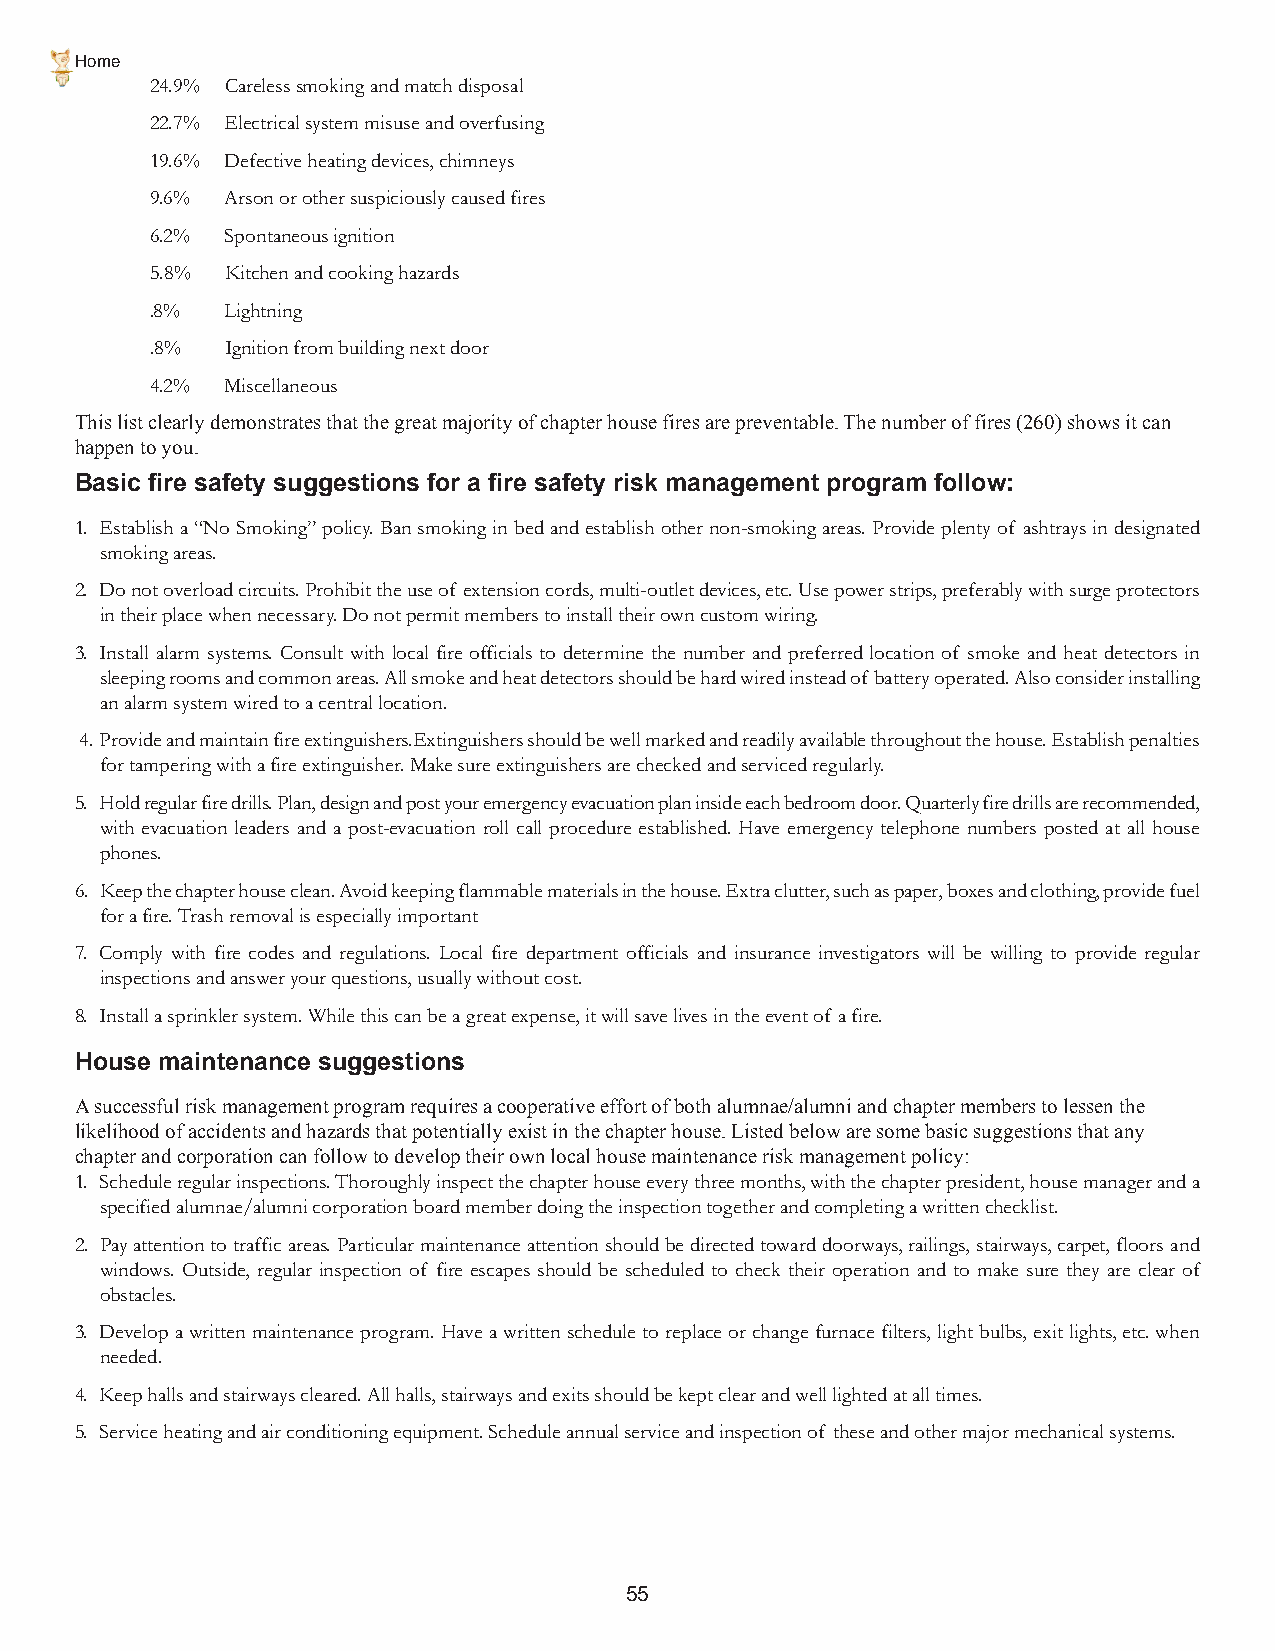
Home
 24.9% Careless smoking and match disposal
 22.7% Electrical system misuse and overfusing
 19.6% Defective heating devices, chimneys
 9.6% Arson or other suspiciously caused fires
 6.2% Spontaneous ignition
 5.8% Kitchen and cooking hazards
 .8%  Lightning
 .8%  Ignition from building next door
 4.2% Miscellaneous
 This list clearly demonstrates that the great majority of chapter house fires are preventable. The number of fires (260) shows it can
 happen to you.
 Basic fire safety suggestions for a fire safety risk management program follow:
 1. Establish a “No Smoking” policy. Ban smoking in bed and establish other non-smoking areas. Provide plenty of ashtrays in designated
 smoking areas.
 2. Do not overload circuits. Prohibit the use of extension cords, multi-outlet devices, etc. Use power strips, preferably with surge protectors
 in their place when necessary. Do not permit members to install their own custom wiring.
 3. Install alarm systems. Consult with local fire officials to determine the number and preferred location of smoke and heat detectors in
 sleeping rooms and common areas. All smoke and heat detectors should be hard wired instead of battery operated. Also consider installing
 an alarm system wired to a central location.
 4.Provide and maintain fire extinguishers.Extinguishers should be well marked and readily available throughout the house. Establish penalties
 for tampering with a fire extinguisher. Make sure extinguishers are checked and serviced regularly.
 5. Hold regular fire drills. Plan, design and post your emergency evacuation plan inside each bedroom door. Quarterly fire drills are recommended,
 with evacuation leaders and a post-evacuation roll call procedure established. Have emergency telephone numbers posted at all house
 phones.
 6. Keep the chapter house clean. Avoid keeping flammable materials in the house. Extra clutter, such as paper, boxes and clothing, provide fuel
 for a fire. Trash removal is especially important
 7. Comply with fire codes and regulations. Local fire department officials and insurance investigators will be willing to provide regular
 inspections and answer your questions, usually without cost.
 8. Install a sprinkler system. While this can be a great expense, it will save lives in the event of a fire.
 House maintenance suggestions
 A successful risk management program requires a cooperative effort of both alumnae/alumni and chapter members to lessen the
 likelihood of accidents and hazards that potentially exist in the chapter house. Listed below are some basic suggestions that any
 chapter and corporation can follow to develop their own local house maintenance risk management policy:
 1. Schedule regular inspections. Thoroughly inspect the chapter house every three months, with the chapter president, house manager and a
 specified alumnae/alumni corporation board member doing the inspection together and completing a written checklist.
 2. Pay attention to traffic areas. Particular maintenance attention should be directed toward doorways, railings, stairways, carpet, floors and
 windows. Outside, regular inspection of fire escapes should be scheduled to check their operation and to make sure they are clear of
 obstacles.
 3. Develop a written maintenance program. Have a written schedule to replace or change furnace filters, light bulbs, exit lights, etc. when
 needed.
 4. Keep halls and stairways cleared. All halls, stairways and exits should be kept clear and well lighted at all times.
 5. Service heating and air conditioning equipment. Schedule annual service and inspection of these and other major mechanical systems.
 55